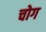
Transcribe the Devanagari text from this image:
चोग